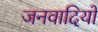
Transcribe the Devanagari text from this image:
जनवादियों